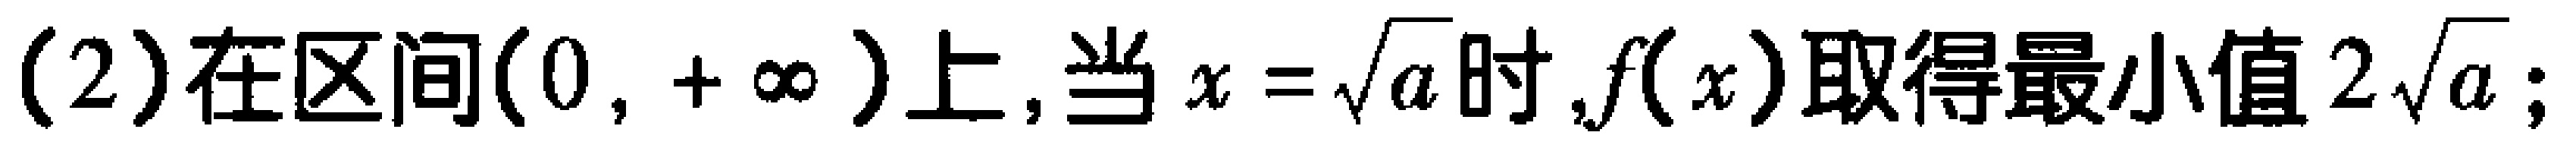
(2)在区间$(0,+\infty)$上,当$x = \sqrt{a}$时,$f(x)$取得最小值$2\sqrt{a}$;